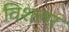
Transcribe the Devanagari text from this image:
विशलर